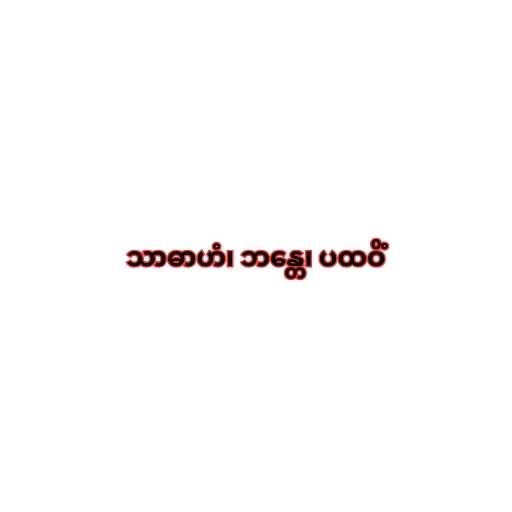
သာဓာဟံ၊ ဘန္တေ၊ ပထဝိံ